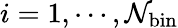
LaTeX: i=1,\cdots,\mathcal{N}_{\mathrm{{bin}}}